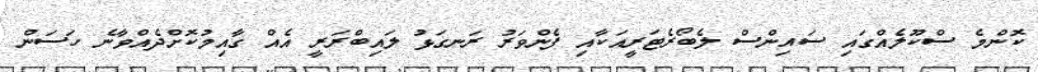
ކޮންމެ ސްކޫލެއްގައި ސައިންސް ލެބޯރެޓަރީއަކާއި ފެންވަރު ރަނގަޅު ލައިބްރަރީ އެއް ގާއިމުކޮށްދެއްވާނެ ހަސަން